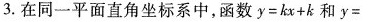
3.在同一平面直角坐标系中，函数$$y=kx+k$$